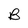
Character: B